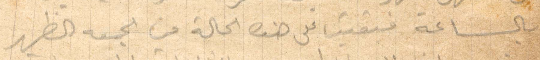
بالساعة فبقينا على هذه الحالة من الجمعة الظهر